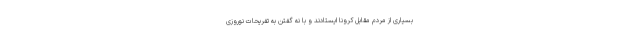
بسیاری از مردم مقابل کرونا ایستادند و با نه گفتن به تفریحات نوروزی